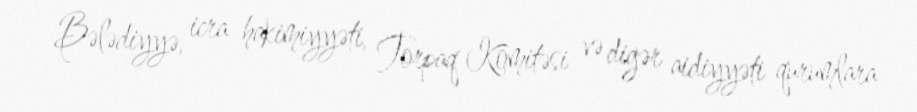
Bələdiyyə, icra hakimiyyəti, Torpaq Komitəsi və digər aidiyyəti qurumlara